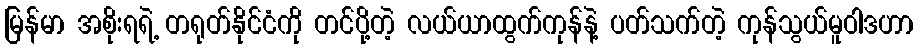
မြန်မာ အစိုးရရဲ့ တရုတ်နိုင်ငံကို တင်ပို့တဲ့ လယ်ယာထွက်ကုန်နဲ့ ပတ်သက်တဲ့ ကုန်သွယ်မူဝါဒဟာ